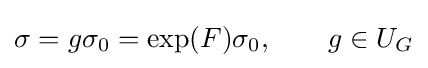
\sigma =g\sigma _{0}=\exp(F)\sigma _{0},\qquad g\in U_{G}